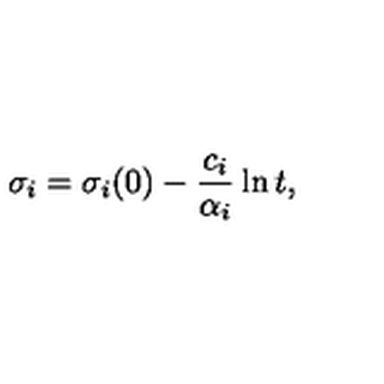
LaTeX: \sigma _ { i } = \sigma _ { i } ( 0 ) - \frac { c _ { i } } { \alpha _ { i } } \ln t ,